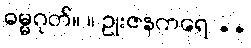
ဓမ္မဂုတ်။ ။ ဥုးဇနကရေ ..